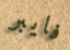
فايبر